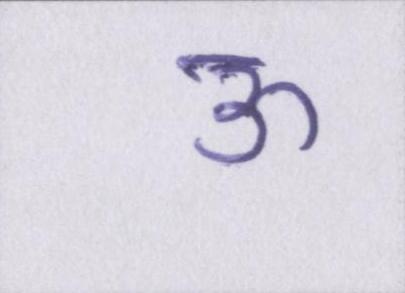
ऊ